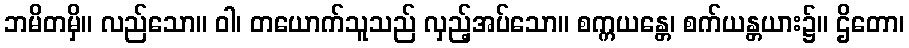
ဘမိတမှိ။ လည်သော။ ဝါ၊ တယောက်သူသည် လှည့်အပ်သော။ စက္ကယန္တေ၊ စက်ယန္တယား၌။ ဌိတော၊